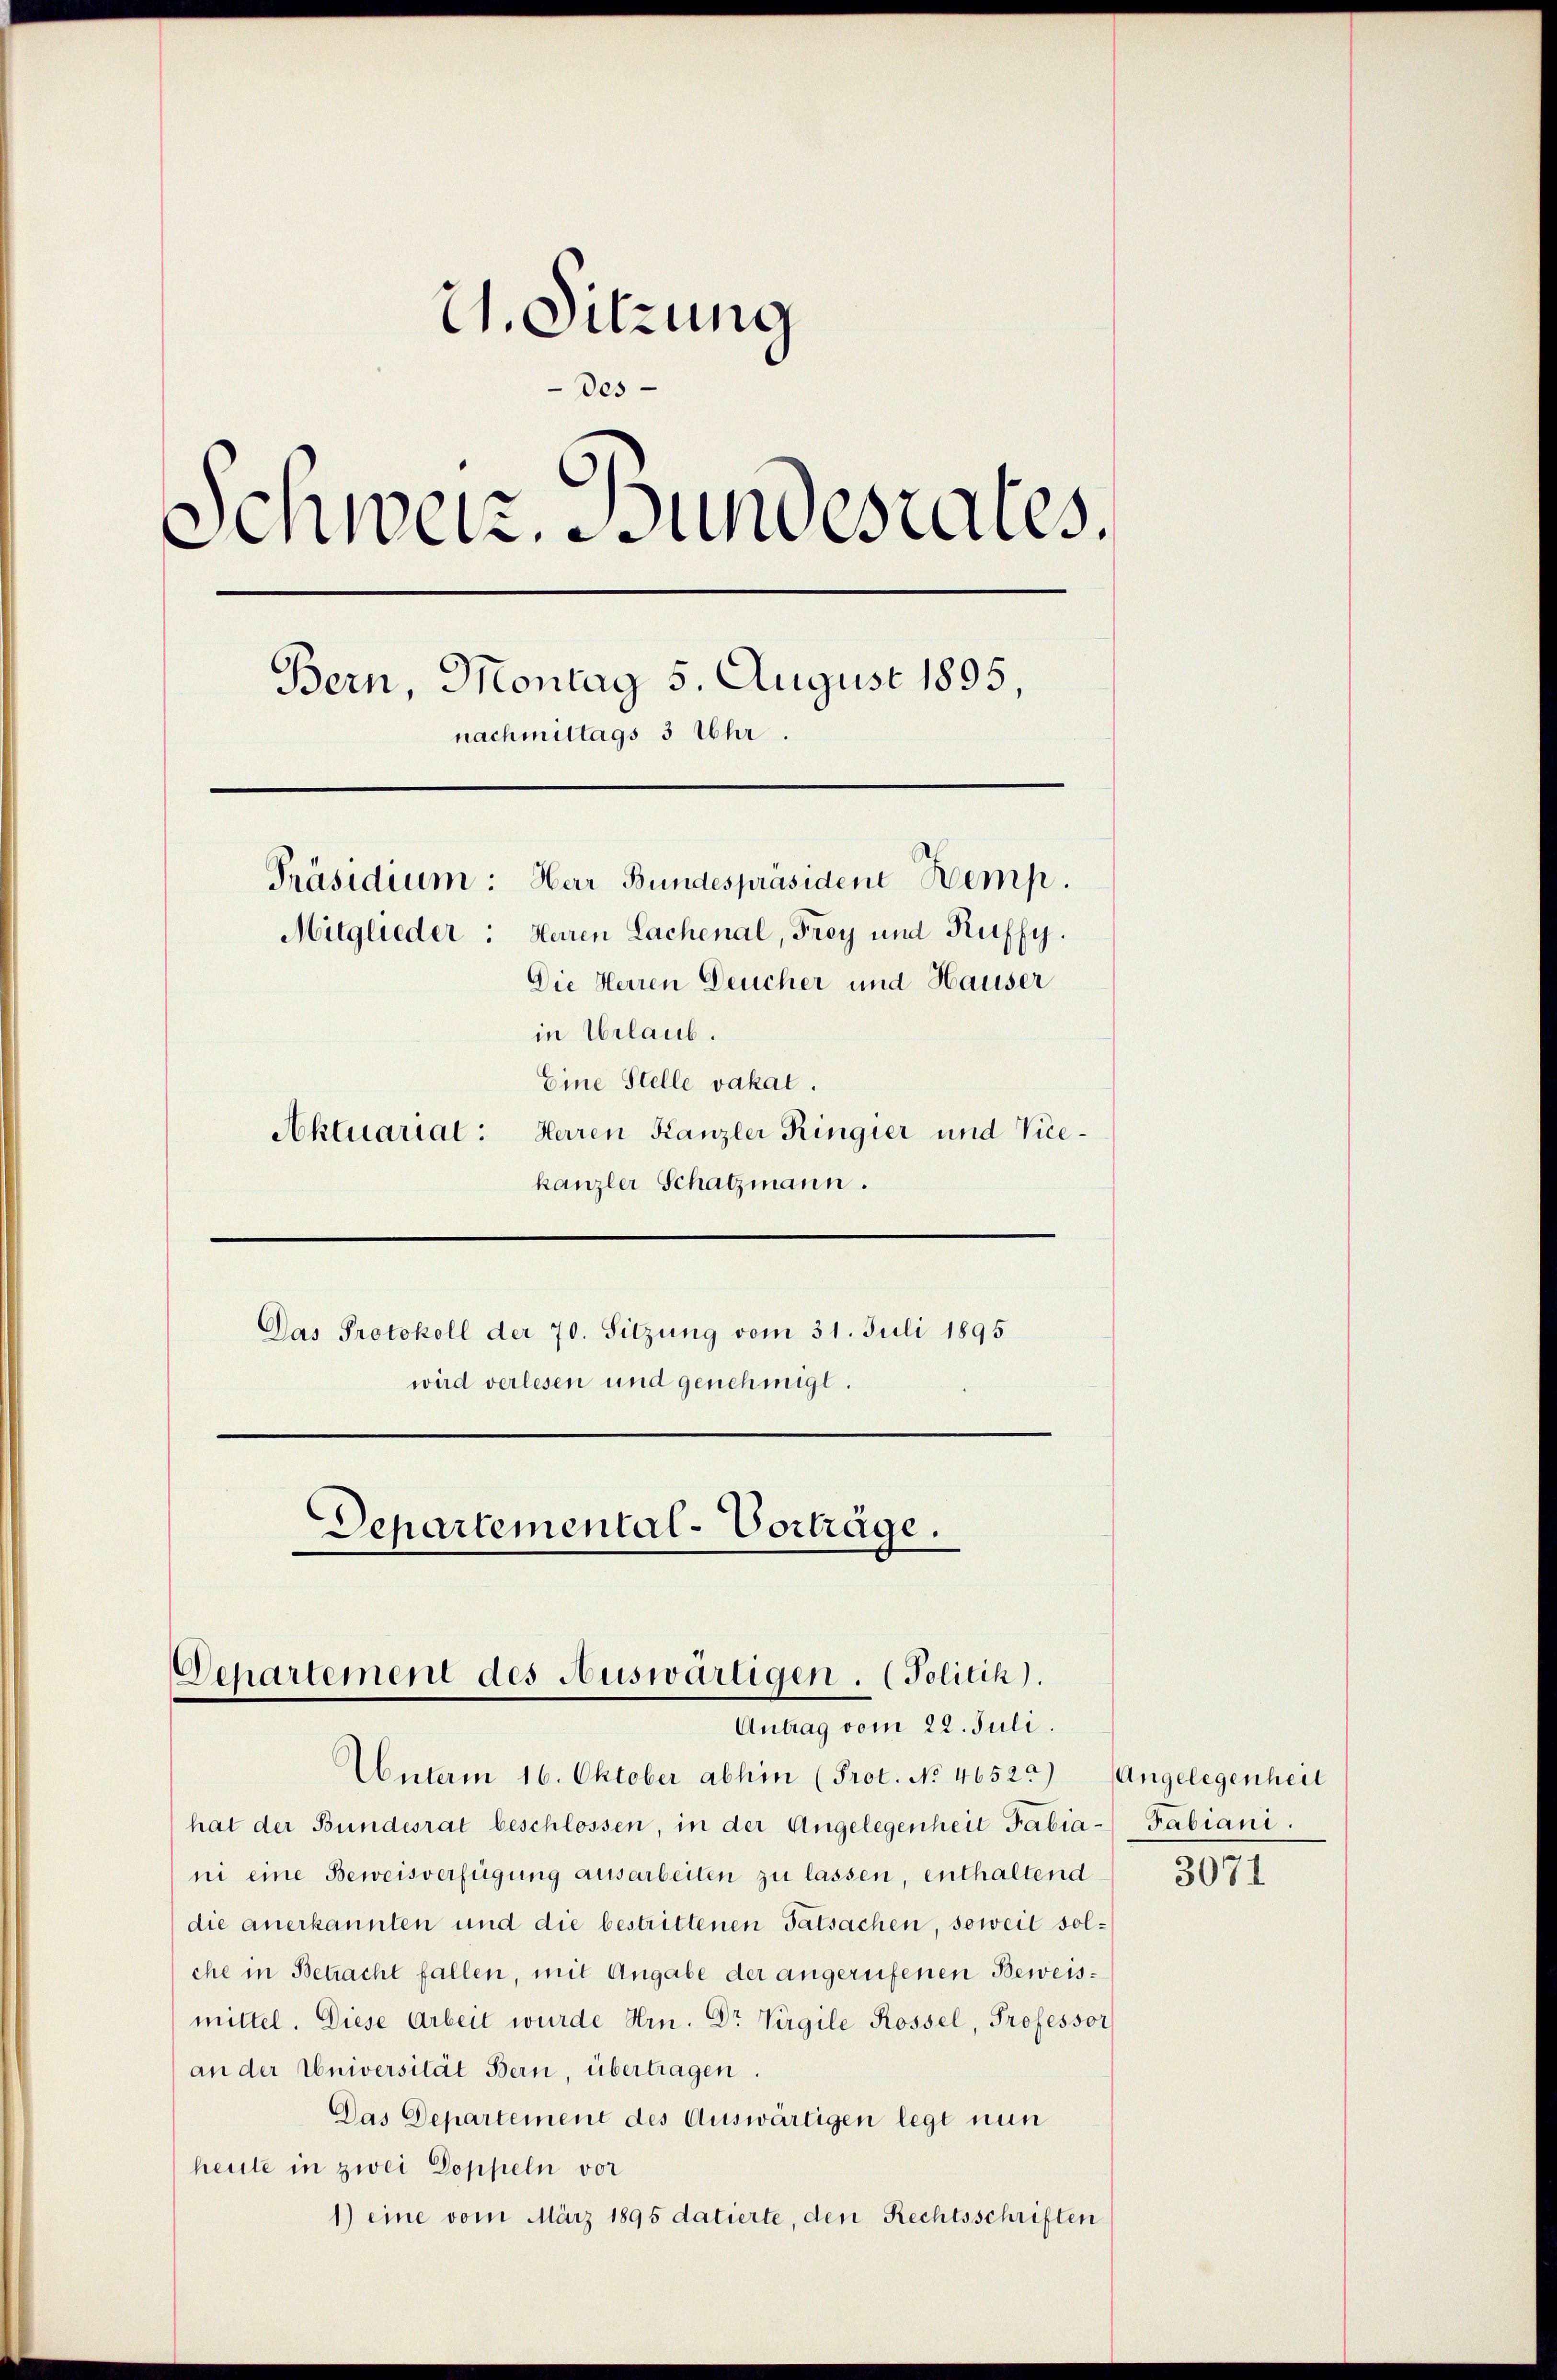
21. Sitzung
Des
Schweiz. Bundesrates.
e
Bern, Montag 5. August 1895
nachmittags 3 Uhr.
Präsidium: Herr Bundespräsident Kemp.
Mitglieder: Herren Lachenal, Frey und Kuffy.
Die Herren Deucher und Hauser
in Urlaub.
Eine Stelle vakal.
Aktuarial: Herren Kanzlei Ringier und Vice¬

kanzler Schatzmann.
Das Protokoll der 70. Sitzung vom 31. Juli 1895
wird verlesen und genehmigt.

Departemental-Vorträge.
Departement des Auswärtigen. (Politik).
Antrag vom 22. Juli.

Unterm 16. Oktober abhin (Prot. No 46522) Angelegenheit
hat der Bundesrat beschlossen, in der Angelegenheit Fabia-Fabiani.
ni eine Beweisverfügung ausarbeiten zu lassen, enthaltend
die anerkannten und die bestrittenen Tatsachen, soweit solche in Betracht fallen, mit Angabe der angerufenen Beweismittel. Diese Arbeit wurde Hrn. Dr. Virgile Rossel, Professor
an der Universität Bern, übertragen.
Das Departement des Auswärtigen legt nun
heute in zwei Doppeln vor
1) eine vom März 1895 datierte, den Rechtsschriften

3071